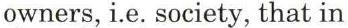
owners, i.e. society, that in